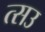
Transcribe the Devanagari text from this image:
त्सउ